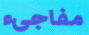
مفاجىء